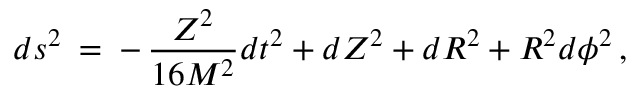
d s ^ { 2 } \: = \: - \, \frac { Z ^ { 2 } } { 1 6 M ^ { 2 } } d t ^ { 2 } + d Z ^ { 2 } + d R ^ { 2 } + R ^ { 2 } d \phi ^ { 2 } \, ,